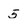
Character: 5